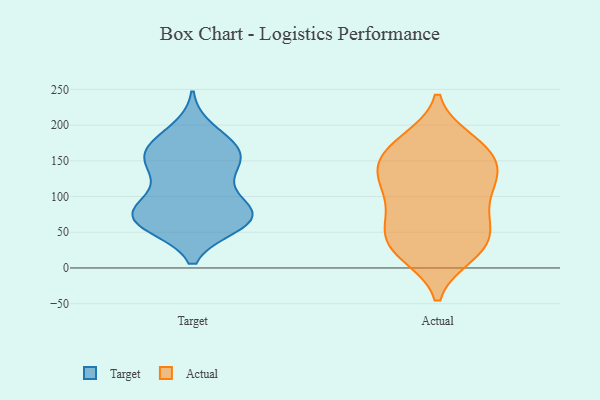
{"axis": {"x": "Market Share (%)", "y": "Value"}, "legend": ["Actual", "Target"], "data": [{"x": "", "y": 141, "type": "Target"}, {"x": "", "y": 75, "type": "Target"}, {"x": "", "y": 88, "type": "Target"}, {"x": "", "y": 117, "type": "Target"}, {"x": "", "y": 155, "type": "Target"}, {"x": "", "y": 62, "type": "Target"}, {"x": "", "y": 163, "type": "Target"}, {"x": "", "y": 63, "type": "Target"}, {"x": "", "y": 67, "type": "Target"}, {"x": "", "y": 181, "type": "Target"}, {"x": "", "y": 162, "type": "Target"}, {"x": "", "y": 154, "type": "Target"}, {"x": "", "y": 130, "type": "Target"}, {"x": "", "y": 60, "type": "Target"}, {"x": "", "y": 85, "type": "Target"}, {"x": "", "y": 193, "type": "Target"}, {"x": "", "y": 65, "type": "Target"}, {"x": "", "y": 82, "type": "Target"}, {"x": "", "y": 165, "type": "Target"}, {"x": "", "y": 74, "type": "Target"}, {"x": "", "y": 31, "type": "Actual"}, {"x": "", "y": 146, "type": "Actual"}, {"x": "", "y": 28, "type": "Actual"}, {"x": "", "y": 19, "type": "Actual"}, {"x": "", "y": 164, "type": "Actual"}, {"x": "", "y": 115, "type": "Actual"}, {"x": "", "y": 62, "type": "Actual"}, {"x": "", "y": 149, "type": "Actual"}, {"x": "", "y": 74, "type": "Actual"}, {"x": "", "y": 178, "type": "Actual"}, {"x": "", "y": 74, "type": "Actual"}, {"x": "", "y": 113, "type": "Actual"}, {"x": "", "y": 61, "type": "Actual"}, {"x": "", "y": 130, "type": "Actual"}, {"x": "", "y": 114, "type": "Actual"}, {"x": "", "y": 36, "type": "Actual"}, {"x": "", "y": 174, "type": "Actual"}, {"x": "", "y": 128, "type": "Actual"}, {"x": "", "y": 22, "type": "Actual"}, {"x": "", "y": 169, "type": "Actual"}]}